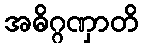
အဓိဂ္ဂဏှာတိ